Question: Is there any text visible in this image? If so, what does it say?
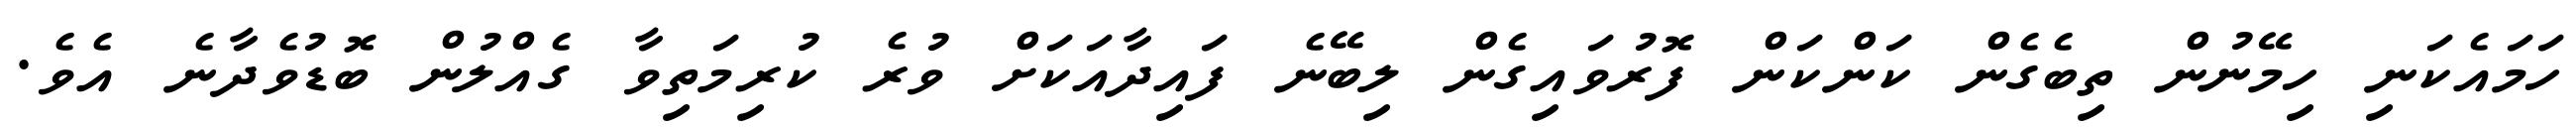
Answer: ހަމައެކަނި ހިމޭނުން ތިބެގެން ކަންކަން ފޮރުވައިގެން ލިބޭނެ ފައިދާއަކަށް ވުރެ ކުރިމަތިވާ ގެއްލުން ބޮޑުވެދާނެ އެވެ.